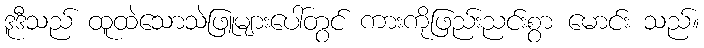
ဒူဒီသည် ထူထဲသောသဲဖြူများပေါ်တွင် ကားကိုဖြည်းညင်းစွာ မောင်း သည်။